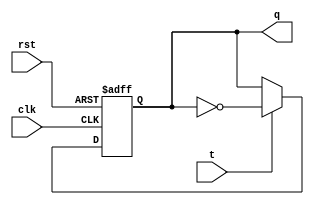
module t_flip_flop (
    input wire clk, // clock input
    input wire rst, // asynchronous reset input
    input wire t, // toggle input
    output reg q // output
);

always @(posedge clk or posedge rst)
begin
    if (rst) // asynchronous reset
        q <= 1'b0;
    else if (t) // toggle input is high, invert current state
        q <= ~q;
end

endmodule